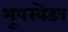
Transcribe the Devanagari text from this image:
भूपखेङा